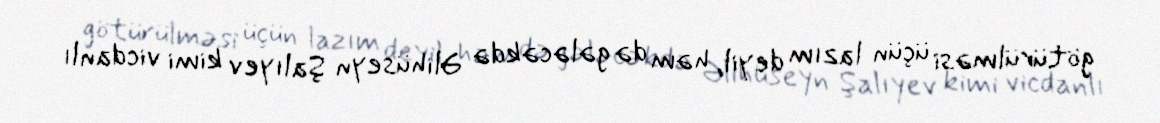
götürülməsi üçün lazım deyil, həm də gələcəkdə Əlihüseyn Şalıyev kimi vicdanlı